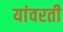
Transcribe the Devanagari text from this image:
यांवरती